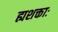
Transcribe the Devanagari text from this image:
ह्यशक्ताः